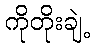
ကိုတိုးချဲ့